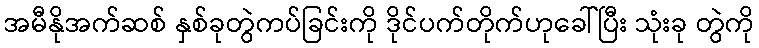
အမီနိုအက်ဆစ် နှစ်ခုတွဲကပ်ခြင်းကို ဒိုင်ပက်တိုက်ဟုခေါ်ပြီး သုံးခု တွဲကို